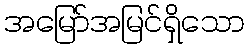
အမြော်အမြင်ရှိသော